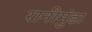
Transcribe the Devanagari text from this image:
रानीमुंडा